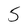
Character: 5